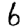
Digit: 6